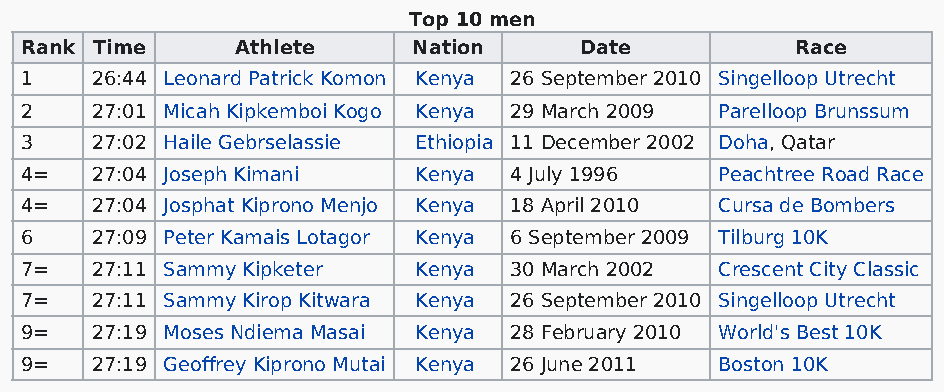
Top 10 men
 Rank Time      Athlete    Nation     Date           Race
 1    26:44 Leonard Patrick Komon Kenya 26 September 2010 Singelloop Utrecht
 2    27:01 Micah Kipkemboi Kogo Kenya 29 March 2009 Parelloop Brunssum
 3    27:02 Haile Gebrselassie Ethiopia 11 December 2002 Doha, Qatar
 4=   27:04 Joseph Kimani  Kenya  4 July 1996   Peachtree Road Race
 4=   27:04 Josphat Kiprono Menjo Kenya 18 April 2010 Cursa de Bombers
 6    27:09 Peter Kamais Lotagor Kenya 6 September 2009 Tilburg 10K
 7=   27:11 Sammy Kipketer Kenya  30 March 2002 Crescent City Classic
 7=   27:11 Sammy Kirop Kitwara Kenya 26 September 2010 Singelloop Utrecht
 9=   27:19 Moses Ndiema Masai Kenya 28 February 2010 World's Best 10K
 9=   27:19 Geoffrey Kiprono Mutai Kenya 26 June 2011 Boston 10K